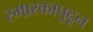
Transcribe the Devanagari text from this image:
स्मारकापुढून